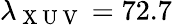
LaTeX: \lambda_{\mathrm{~X~U~V~}}=72.7